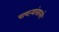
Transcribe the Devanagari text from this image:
पायऱ्यांसारखे